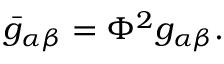
\bar { g } _ { \alpha \beta } = \Phi ^ { 2 } g _ { \alpha \beta } .